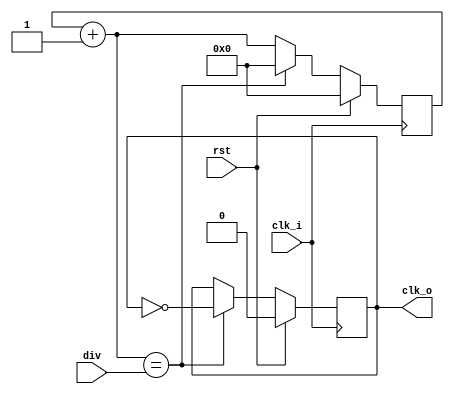
module clkdiv(
	input rst,
	input clk_i,
	input [15:0] div,
	output clk_o
	);
		
	reg r_clk_o = 1'b0;
	reg [15:0] count = 16'h0;
	
	always @(posedge clk_i) begin
		
		if(rst) begin
			r_clk_o = 1'b0;
			count = 16'h0;			
		end
		else begin
			count = count + 1;
			if(count == div) begin
				count = 16'h0;
				r_clk_o = ~r_clk_o;
			end
		end
	end
	
	assign clk_o = r_clk_o;
	
endmodule